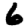
Digit: 6